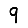
Digit: 9